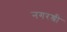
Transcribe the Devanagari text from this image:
नगरश्री